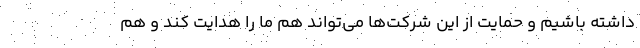
داشته باشیم و حمایت از این شرکت‌ها می‌تواند هم ما را هدایت کند و هم